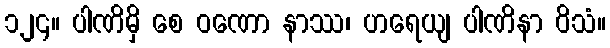
၁၂၄။ ပါဏိမှိ စေ ဝဏော နာဿ၊ ဟရေယျ ပါဏိနာ ဝိသံ။